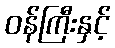
ဝန်ကြီးနှင့်